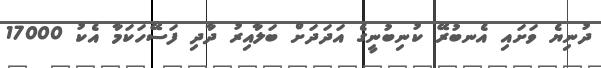
ދުނިޔެ ވަށައި އެނބުރޭ ކުނިބުނީގެ އަދަދަށް ބަލާއިރު ދާދި ފަސޭހަކަމާ އެކު 17000